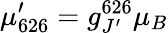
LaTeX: \mu_{626}^{\prime}=g_{J^{\prime}}^{626}\mu_{B}